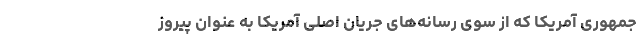
جمهوری آمریکا که از سوی رسانه‌های جریان اصلی آمریکا به عنوان پیروز